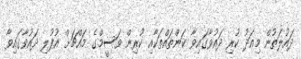
ދައުލަތުން މިއަދު ކުރި ދައުވާގައިވާ ކަންތައްތަކާއި ކުރިން ވަސީމްގެ މައްޗަށް އުފުލި ދައުވާގައިވާ